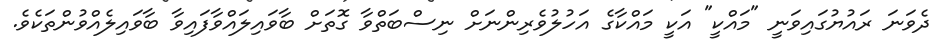
ދެވަނަ ރައުޔުގައިވަނީ "މައްކީ" އަކީ މައްކާގެ އަހުލުވެރިންނަށް ނިސްބަތްވާ ގޮތަށް ބާވައިލައްވާފައިވާ ބާވައިލެއްވުންތަކެވެ.